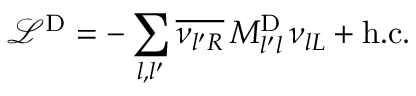
\mathcal { L } ^ { \mathrm { D } } = - \sum _ { l , l ^ { \prime } } \overline { { { \nu _ { { l ^ { \prime } } R } } } } \, M _ { l ^ { \prime } l } ^ { \mathrm { D } } \, \nu _ { { l } L } + \mathrm { h . c . } \,